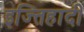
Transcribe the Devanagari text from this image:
इज्तिहादी